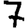
Digit: 7